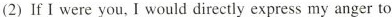
(2)If I were you, I would directly express my anger to